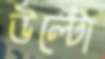
উল্টো